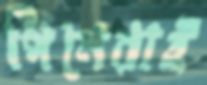
পিনেরাই